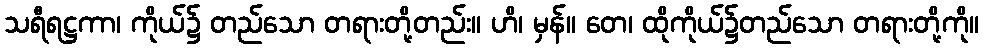
သရီရဋ္ဌကာ၊ ကိုယ်၌ တည်သော တရားတို့တည်း။ ဟိ၊ မှန်။ တေ၊ ထိုကိုယ်၌တည်သော တရားတို့ကို။